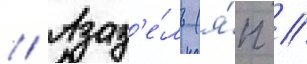
// Азаз'е́ль (я́п //